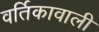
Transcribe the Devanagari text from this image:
वर्तिकावाली